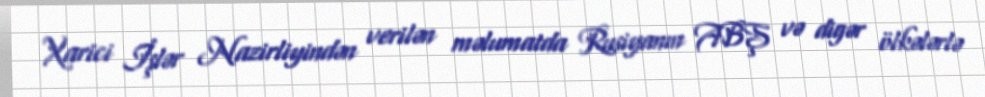
Xarici İşlər Nazirliyindən verilən məlumatda Rusiyanın ABŞ və digər ölkələrlə